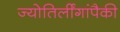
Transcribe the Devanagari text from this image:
ज्योतिर्लींगांपैकी